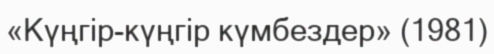
«Күңгір-күңгір күмбездер» (1981)